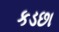
કડછા